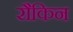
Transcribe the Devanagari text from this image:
रौकिन